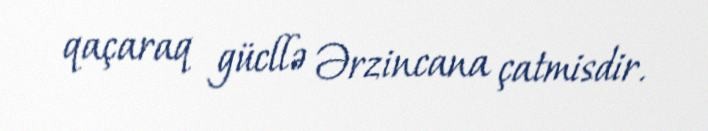
qaçaraq gücllə Ərzincana çatmisdir.